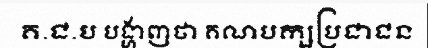
គ.ជ.ប បង្ហាញថា គណបក្សប្រជាជន